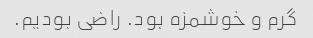
گرم و خوشمزه بود. راضی بودیم.